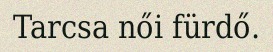
Tarcsa női fürdő.